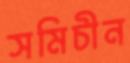
সমিচীন